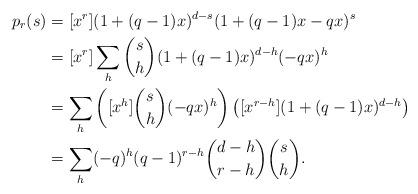
LaTeX: \begin{align*}p_r(s)&=[x^r](1+(q-1)x)^{d-s}(1+(q-1)x-qx)^s\\&=[x^r]\sum_h \binom{s}{h}(1+(q-1)x)^{d-h}(-qx)^h\\&=\sum_h \left([x^h]\binom{s}{h}(-qx)^h\right)\left([x^{r-h}](1+(q-1)x)^{d-h}\right)\\&=\sum_h (-q)^h(q-1)^{r-h}\binom{d-h}{r-h}\binom{s}{h}. \end{align*}